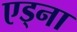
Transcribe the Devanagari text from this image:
एड्ना